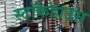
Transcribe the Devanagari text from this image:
स्टॉकहाउस